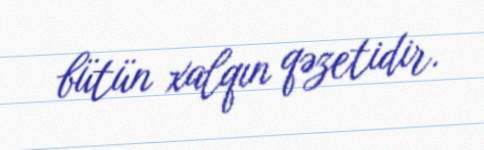
bütün xalqın qəzetidir.